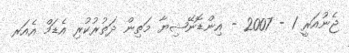
ޖެނުއަރީ 1 - 2007 - އިންޑޮނޭޝިޔާ މަތިން ދަތުރުކުރި އެޑަމް އެއަރ